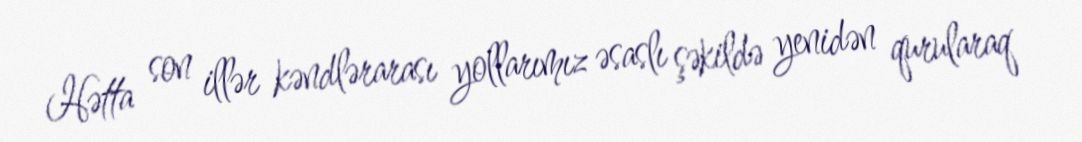
Hətta son illər kəndlərarası yollarımız əsaslı şəkildə yenidən qurularaq